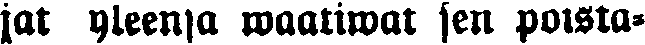
jat yleensä waatiwat sen poista-